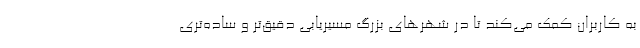
به کاربران کمک می‌کند تا در شهرهای بزرگ مسیریابی دقیق‌تر و ساده‌تری